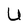
Character: U